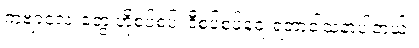
ကဗျာလေးတွေ ဟိုစပ်စပ်၊ ဒီစပ်စပ်ရေးရတာဝါသနာပါတယ်။